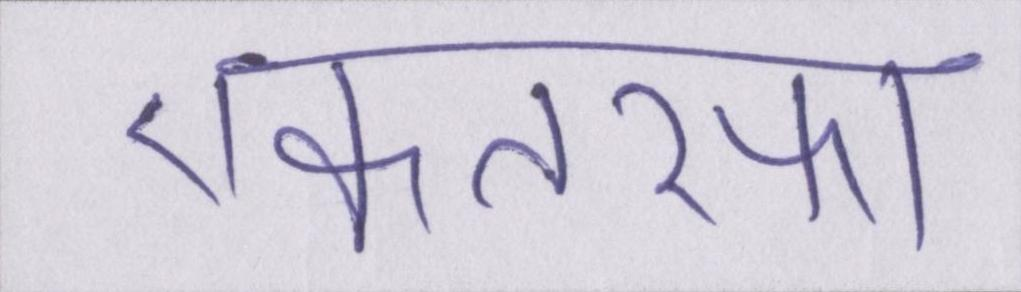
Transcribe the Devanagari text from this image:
एकतरफा